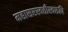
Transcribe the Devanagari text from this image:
महासरस्वतीस्वरुपि